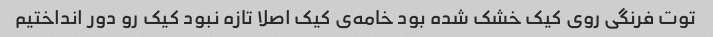
توت فرنگی روی کیک خشک شده بود خامه‌ی کیک اصلا تازه نبود کیک رو دور انداختیم